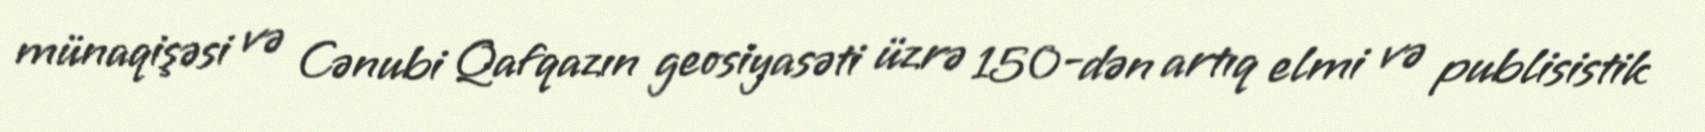
münaqişəsi və Cənubi Qafqazın geosiyasəti üzrə 150-dən artıq elmi və publisistik